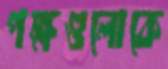
পক্ষগুলোকে